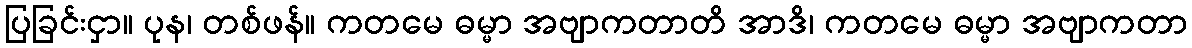
ပြခြင်းငှာ။ ပုန၊ တစ်ဖန်။ ကတမေ ဓမ္မာ အဗျာကတာတိ အာဒိ၊ ကတမေ ဓမ္မာ အဗျာကတာ